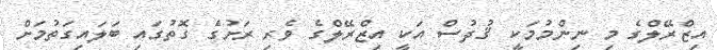
އިޒްރޭލްގެ މި ނިންމުމަކީ ޤުދުސް އަކީ އިޒްރޭލްގެ ވެރި ރަށުގެ ގޮތުގައި ބަލައިގަތުމަށް